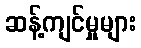
ဆန့်ကျင်မှုများ